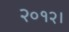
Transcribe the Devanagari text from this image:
२०१२।